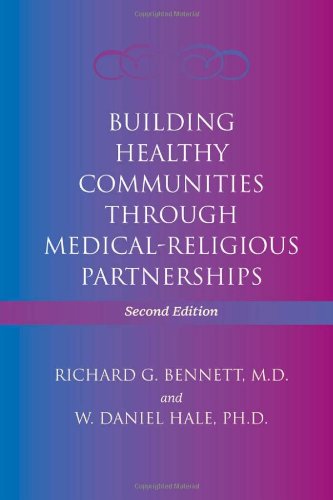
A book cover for Building Healthy Communities through Medical-Religious Partnerships; Richard G. Bennett; Medical Books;